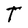
Character: T